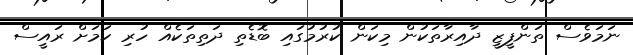
ނަމަވެސް ތަންފީޒީ ދާއިރާތަކުން މިކަން ކުރުމުގައި ބޮޑެތި ދަތިތަކެއް ހުރި ކަމަށް ރައީސް